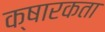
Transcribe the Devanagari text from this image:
क्षारकता